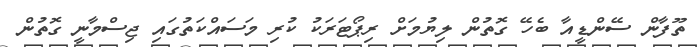
ތޫފާން ސޭންޑީއާ ބެހޭ ގޮތުން ލިޔުމަށް ރިޕޯޓަރަކު ކުރި މަސައްކަތުގައި ޖިސްމާނީ ގޮތުން